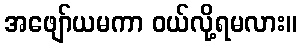
အဖျော်ယမကာ ဝယ်လို့ရမလား။